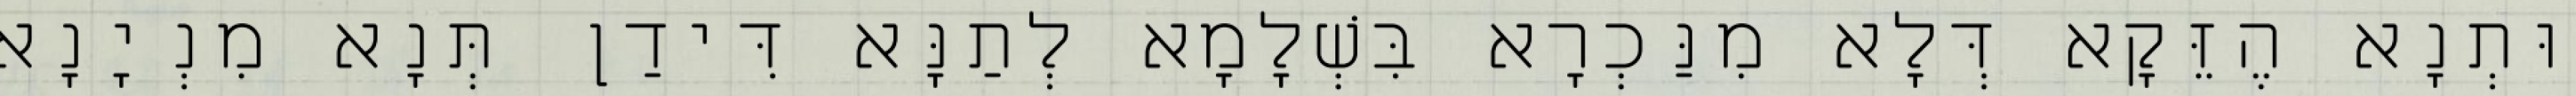
וּתְנָא הֶזֵּקָא דְּלָא מִנַּכְרָא בִּשְׁלָמָא לְתַנָּא דִּידַן תְּנָא מִנְיָנָא